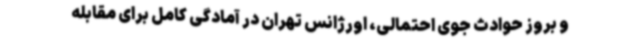
و بروز حوادث جوی احتمالی، اورژانس تهران در آمادگی کامل برای مقابله